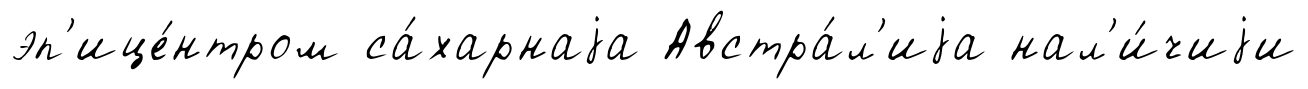
эп'ице́нтром са́харнаjа Австра́л'иjа нал'и́чиjи